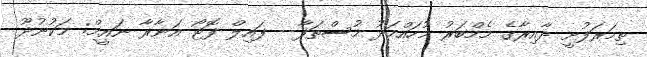
ތިމަރަފުށީ ދާއިރާގެ މެމްބަރު މުހައްމަދު މުސްތަފާ-- ފައިލް ފޮޓޯ އަނާރާ ނައީމް: މަކުނުދޫ